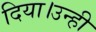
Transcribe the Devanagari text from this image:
दिया।उन्ही